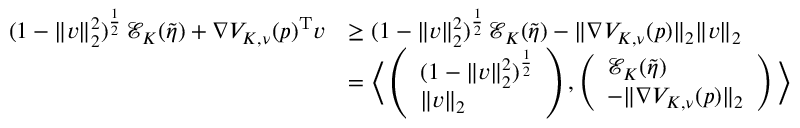
\begin{array} { r l } { ( 1 - \| v \| _ { 2 } ^ { 2 } ) ^ { \frac { 1 } { 2 } } \, \mathcal E _ { K } ( \tilde { \eta } ) + \nabla V _ { K , \nu } ( p ) ^ { \mathrm { T } } v } & { \ge ( 1 - \| v \| _ { 2 } ^ { 2 } ) ^ { \frac { 1 } { 2 } } \, \mathcal E _ { K } ( \tilde { \eta } ) - \| \nabla V _ { K , \nu } ( p ) \| _ { 2 } \| v \| _ { 2 } } \\ & { = \Big \langle \left( \begin{array} { l } { ( 1 - \| v \| _ { 2 } ^ { 2 } ) ^ { \frac { 1 } { 2 } } } \\ { \| v \| _ { 2 } } \end{array} \right) , \left( \begin{array} { l } { \mathcal E _ { K } ( \tilde { \eta } ) } \\ { - \| \nabla V _ { K , \nu } ( p ) \| _ { 2 } } \end{array} \right) \Big \rangle } \end{array}